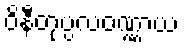
ဝိနီတုပ္ပလဝဏ္ဏာယ